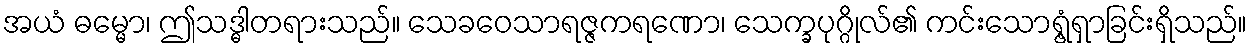
အယံ ဓမ္မော၊ ဤသဒ္ဓါတရားသည်။ သေခဝေသာရဇ္ဇကရဏော၊ သေက္ခပုဂ္ဂိုလ်၏ ကင်းသောရွံ့ရှာခြင်းရှိသည်။